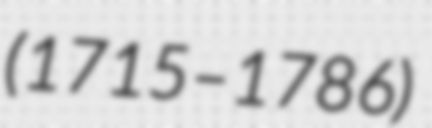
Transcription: (1715–1786)